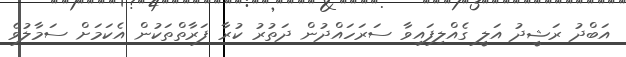
އަބްދު ރަޝީދު އަލީ ގެއްލިފައިވާ ސަރަހައްދުން ދަތުރު ކުރާ ފަރާތްތަކުން އެކަމަށް ސަމާލުވެ